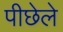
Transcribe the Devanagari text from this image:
पीछेले